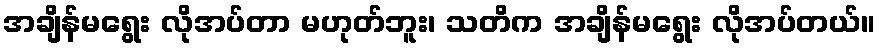
အချိန်မရွေး လိုအပ်တာ မဟုတ်ဘူး၊ သတိက အချိန်မရွေး လိုအပ်တယ်။